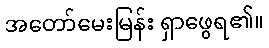
အတော်မေးမြန်း ရှာဖွေရ၏။